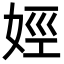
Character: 娙